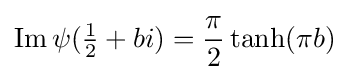
\operatorname {Im} \psi ({\tfrac {1}{2}}+bi)={\frac {\pi }{2}}\tanh(\pi b)